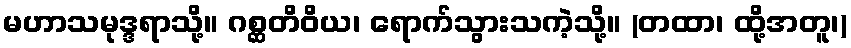
မဟာသမုဒ္ဒရာသို့။ ဂစ္ဆတိဝိယ၊ ရောက်သွားသကဲ့သို့။ (တထာ၊ ထို့အတူ၊)